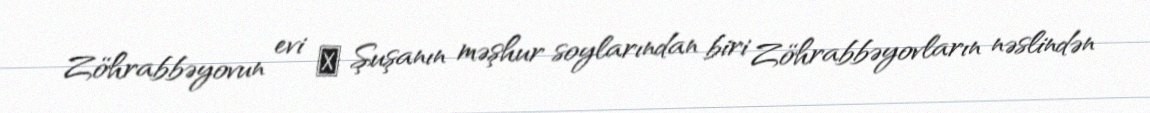
Zöhrabbəyovun evi ― Şuşanın məşhur soylarından biri Zöhrabbəyovların nəslindən